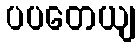
ပပတေယျ